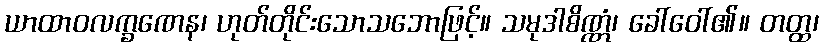
ယာထာဝလက္ခဏေန၊ ဟုတ်တိုင်းသောသဘောဖြင့်။ သမုဒါစိဏ္ဏံ၊ ခေါ်ဝေါ်၏။ တတ္ထ၊